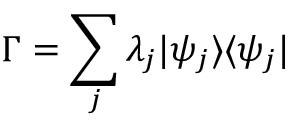
\Gamma = \sum _ { j } \lambda _ { j } \vert \psi _ { j } \rangle \langle \psi _ { j } \vert